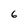
Character: 6